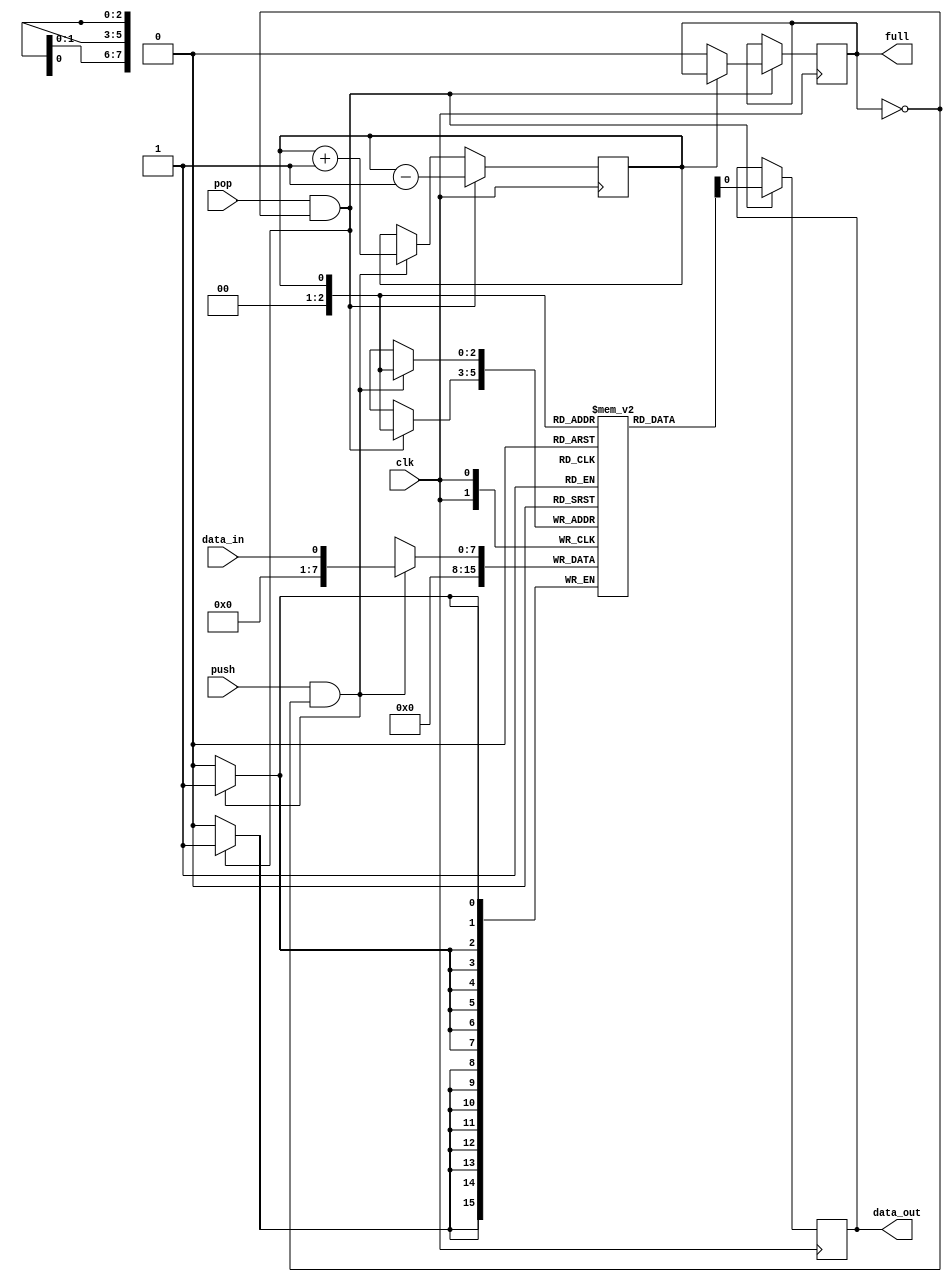
module lifo_stack (
    input wire clk,
    input wire data_in,
    input wire push,
    input wire pop,
    output reg data_out,
    output reg full
);

reg [7:0] stack [0:7]; // 8-element stack with 8-bit data width
reg top = 0;

always @(posedge clk) begin
    if (push && !full) begin
        stack[top] <= data_in;
        top <= top + 1;
        if (top == 7) full <= 1;
    end
    if (pop && !full) begin
        top <= top - 1;
        data_out <= stack[top];
        stack[top] <= 0;
        if (top == 0) full <= 0;
    end
end

endmodule